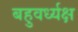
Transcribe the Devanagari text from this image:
बहुवर्ध्यक्ष